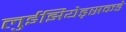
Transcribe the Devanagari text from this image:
लुईझियेड्सकडे